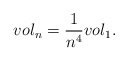
\begin{align*}vol_n=\frac{1}{n^4} vol_1.\end{align*}